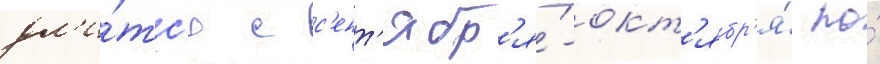
дл'и́тс'я с с'ент'ябр'я́-окт'ябр'я́ по́